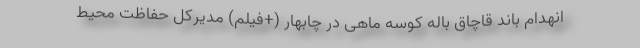
انهدام باند قاچاق باله کوسه ماهی در چابهار (+فیلم) مدیرکل حفاظت محیط